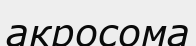
акросома